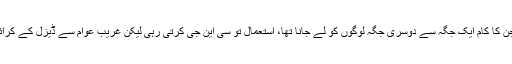
بڑی بڑی بسیں اور ویگنیں جن کا کام ایک جگہ سے دوسری جگہ لوگوں کو لے جانا تھا، استعمال تو سی این جی کرتی رہی لیکن غریب عوام سے ڈیزل کے کرائے وصول کیے جاتے رہے۔